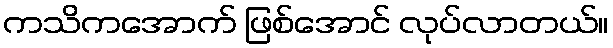
ကသိကအောက် ဖြစ်အောင် လုပ်လာတယ်။